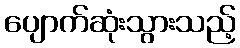
ပျောက်ဆုံးသွားသည့်